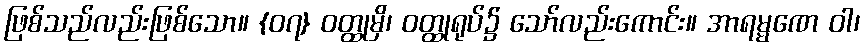
ဖြစ်သည်လည်းဖြစ်သော။ {၀၇} ဝတ္ထုမှိ၊ ဝတ္ထုရုပ်၌ သော်လည်းကောင်း။ အာရမ္မဏေ ဝါ၊